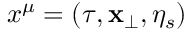
x ^ { \mu } = ( \tau , { \mathbf { x } _ { \perp } } , \eta _ { s } )